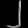
Digit: ၂